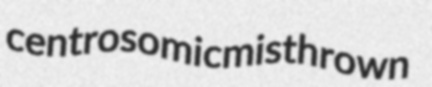
centrosomic misthrown